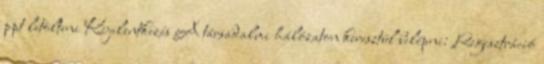
ppt letölteni Kijelentkezés A társadalmi hálózaton keresztül belépni: Regisztráció